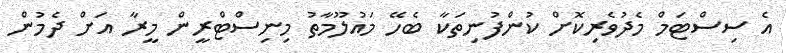
އެ ސިސްޓަމް މެދުވެރިކޮށް ކުންފުނިތަކާ ބެހޭ މައުލޫމާތު މިނިސްޓްރީން މީރާ އަށް ދެމުން